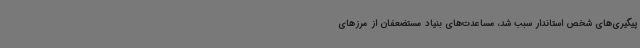
پیگیری‌های شخص استاندار سبب شد، مساعدت‌های بنیاد مستضعفان از مرزهای